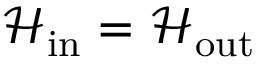
\mathcal { H } _ { \mathrm { i n } } = \mathcal { H } _ { \mathrm { o u t } }